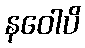
နဝေါပိ